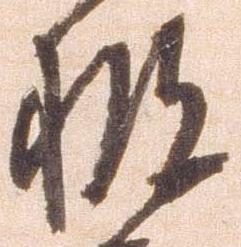
被